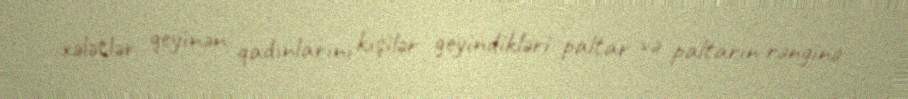
xələtlər geyinən qadınlarını kişilər geyindikləri paltar və paltarın rənginə